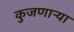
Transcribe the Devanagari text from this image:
कुजणाऱ्या